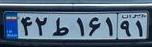
۴۲ط۱۶۱۹۱